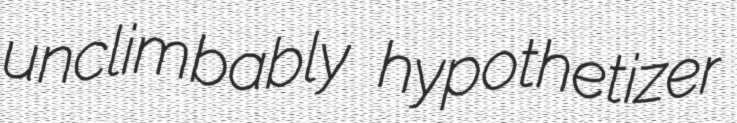
unclimbably hypothetizer